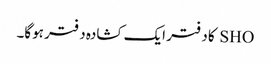
SHO کا دفتر ایک کشادہ دفتر ہوگا۔